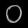
Digit: ၀